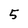
Character: 5